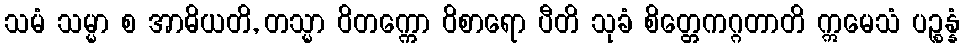
သမံ သမ္မာ စ အာဓိယတိ, တသ္မာ ဝိတက္ကော ဝိစာရော ပီတိ သုခံ စိတ္တေကဂ္ဂတာတိ ဣမေသံ ပဉ္စန္နံ